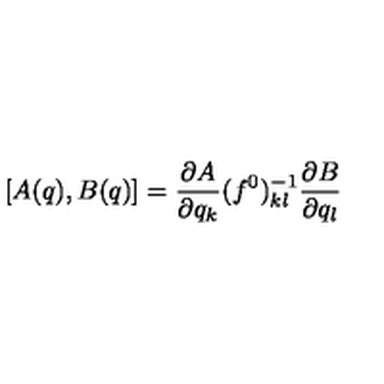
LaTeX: \lbrack A ( q ) , B ( q ) \rbrack = { \frac { \partial A } { \partial q _ { k } } } ( f ^ { 0 } ) _ { k l } ^ { - 1 } { \frac { \partial B } { \partial q _ { l } } }